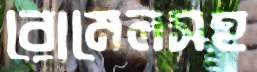
রোমেলসহ